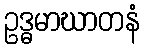
ဥဒ္ဓမာဃာတနံ